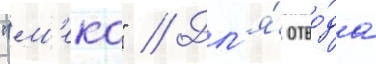
"м'еко" // Дл'я́ отво́да